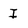
Character: I